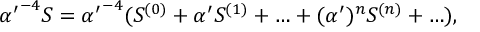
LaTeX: { { \alpha ^ { \prime } } ^ { - 4 } S = { \alpha ^ { \prime } } ^ { - 4 } ( S ^ { ( 0 ) } + { \alpha ^ { \prime } } S ^ { ( 1 ) } + \ldots + ( \alpha ^ { \prime } ) ^ { n } S ^ { ( n ) } + \ldots ) , }